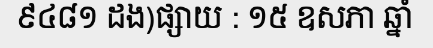
៩៤៨១ ដង)ផ្សាយ : ១៥ ឧសភា ឆ្នាំ